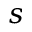
s